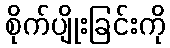
စိုက်ပျိုးခြင်းကို